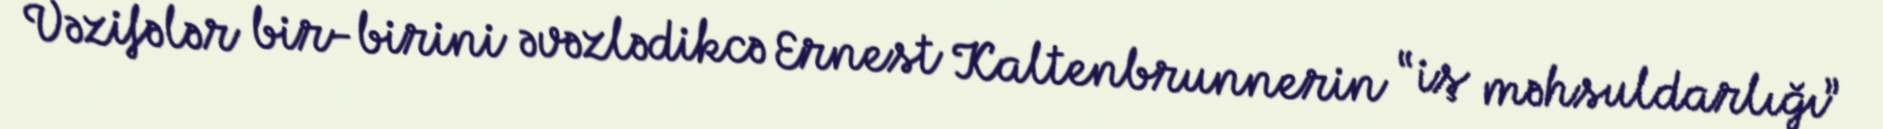
Vəzifələr bir-birini əvəzlədikcə Ernest Kaltenbrunnerin “iş məhsuldarlığı”